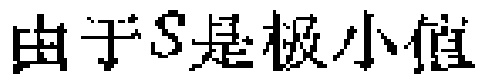
由于\(S\)是极小值